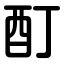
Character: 酊